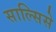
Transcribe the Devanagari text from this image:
साल्सिसे